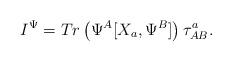
LaTeX: \begin{align*}I^{\Psi} = Tr \left ( \Psi^A [X_a , \Psi^B ] \right ) \tau^{a}_{AB}.\end{align*}